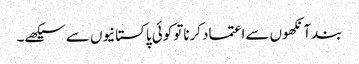
بندآنکھوں سےاعتمادکرناتو کوئی پاکستانیوں سےسیکھے۔